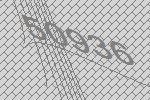
50936